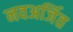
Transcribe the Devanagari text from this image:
नवअर्जित